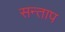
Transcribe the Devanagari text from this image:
सन्‍ताप